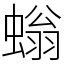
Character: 螉